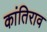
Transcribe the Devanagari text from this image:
कांतिराव